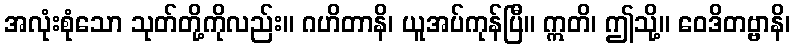
အလုံးစုံသော သုတ်တို့ကိုလည်း။ ဂဟိတာနိ၊ ယူအပ်ကုန်ပြီ။ ဣတိ၊ ဤသို့။ ဝေဒိတဗ္ဗာနိ၊